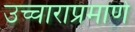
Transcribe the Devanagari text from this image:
उच्चाराप्रमाणे